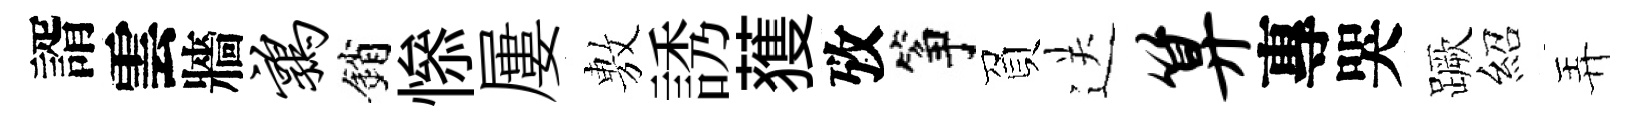
諝雲牆鹑銷𢡖屢𢾾誘𫉬攷筝負送算專哭蹶紹弄